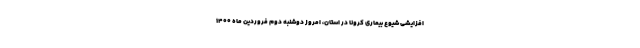
افزایشی شیوع بیماری کرونا در استان، امروز دوشنبه دوم فروردین ماه ۱۴۰۰